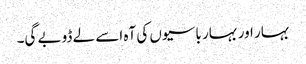
بہار اور بہار باسیوں کی آہ اسے لے ڈوبے گی۔